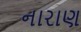
નારાણ